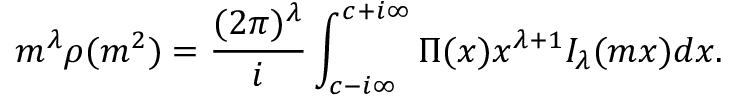
m ^ { \lambda } \rho ( m ^ { 2 } ) = \frac { ( 2 \pi ) ^ { \lambda } } { i } \int _ { c - i \infty } ^ { c + i \infty } \Pi ( x ) x ^ { \lambda + 1 } I _ { \lambda } ( m x ) d x .